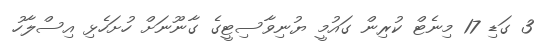
3 ގަޑި 17 މިނެޓް ކުރިން ގައުމީ ޔުނިވާސިޓީގެ ގާނޫނަށް ހުށަހެޅި އިސްލާހު